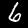
Label: 6